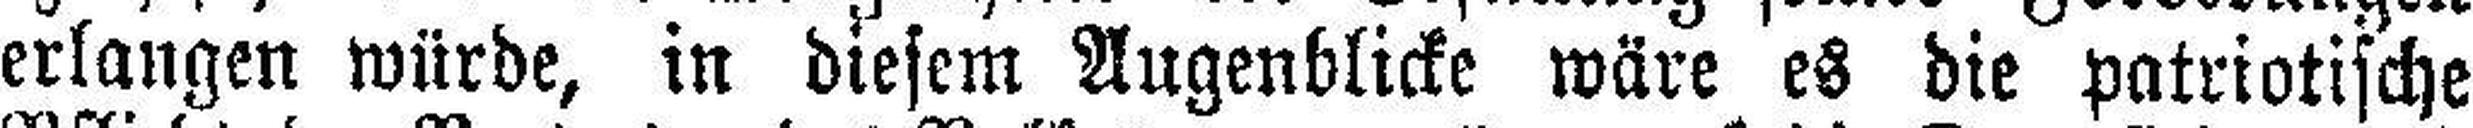
erlangen würde, in diesem Augenblicke wäre es die patriotische